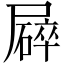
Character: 𡳥